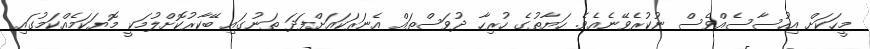
މީހަކަށް އިހުސާސެއްވެސް ނުކުރެވޭނެއެވެ. ހަޔާތުގެ ހުރިހާ ދުވަސްތައް އެނަރަކައަށްފަދަ ތަނުގައި ބޭކާރުކޮށްލުމަކީ މޮޔަކަމެއްކަމުގައި